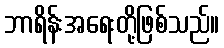
ဘာရိန်းအရေးတို့ဖြစ်သည်။